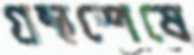
গ্রন্থশেষে